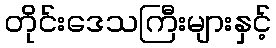
တိုင်းဒေသကြီးများနှင့်